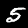
Digit: 5